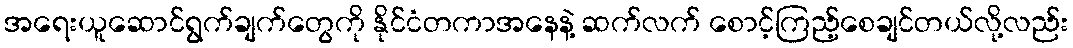
အရေးယူဆောင်ရွက်ချက်တွေကို နိုင်ငံတကာအနေနဲ့ ဆက်လက် စောင့်ကြည့်စေချင်တယ်လို့လည်း